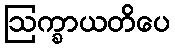
ဩက္ခာယတိပေ